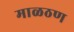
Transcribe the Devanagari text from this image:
माळठण